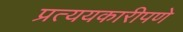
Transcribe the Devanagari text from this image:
प्रत्ययकारीपणे